Bombay plague: being a history of the progress of plague in the Bombay presidency from September 1896 to June 1899
Year: 1896
Disease focus: Plague
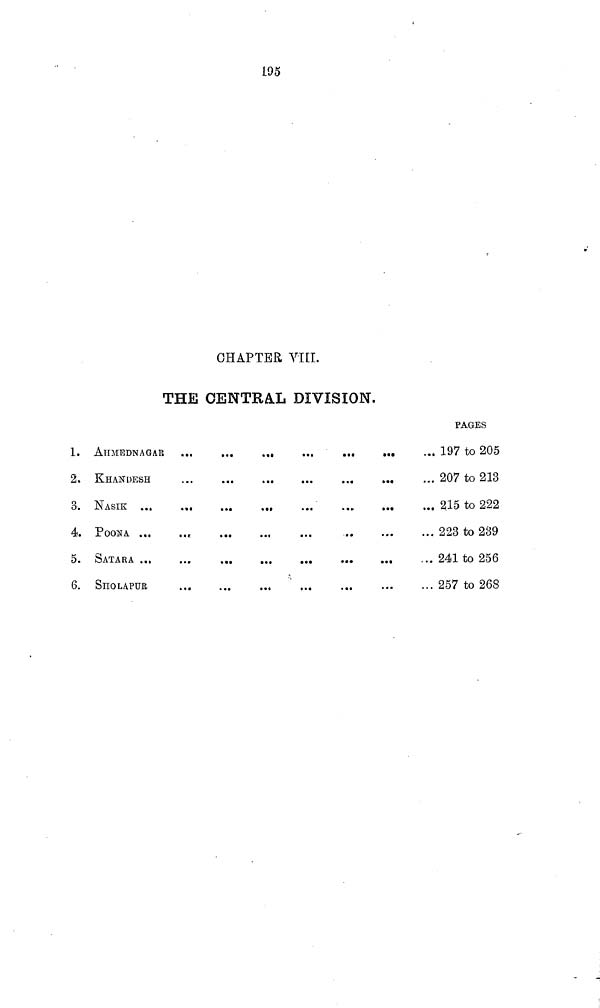
195
CHAPTER VIII.
THE CENTRAL DIVISION.
1.
2.
3.
4.
5.
6.
AHMEDNAGAR
KHANDESH
NASIK ...
POONA ...
SATARA ...
SHOLAPUR
...
...
......
...
...
...
...
...
...
...
...
...
......
...
... ...
...
...
...
...
...
...
...
···...
...
...
...
...
...
PAGES
... 197 to 205
... 207 to 213
... 215 to 222
... 223 to 239
... 241 to 256
... 257 to 268